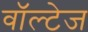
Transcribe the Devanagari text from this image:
वॉल्टेज